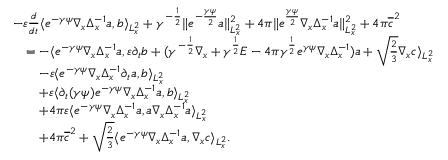
\begin{array} { r l } & { - \varepsilon \frac { d } { d t } \langle e ^ { - \gamma \psi } \nabla _ { x } \Delta _ { x } ^ { - 1 } a , b \rangle _ { L _ { x } ^ { 2 } } + \gamma ^ { - \frac { 1 } { 2 } } \| e ^ { - \frac { \gamma \psi } { 2 } } a \| _ { L _ { x } ^ { 2 } } ^ { 2 } + 4 \pi \| e ^ { \frac { \gamma \psi } { 2 } } \nabla _ { x } \Delta _ { x } ^ { - 1 } a \| _ { L _ { x } ^ { 2 } } ^ { 2 } + 4 \pi \overline { c } ^ { 2 } } \\ & { \quad = - \langle e ^ { - \gamma \psi } \nabla _ { x } \Delta _ { x } ^ { - 1 } a , \varepsilon \partial _ { t } b + ( \gamma ^ { - \frac { 1 } { 2 } } \nabla _ { x } + \gamma ^ { \frac { 1 } { 2 } } E - 4 \pi \gamma ^ { \frac { 1 } { 2 } } e ^ { \gamma \psi } \nabla _ { x } \Delta _ { x } ^ { - 1 } ) a + \sqrt { \frac { 2 } { 3 } } \nabla _ { x } c \rangle _ { L _ { x } ^ { 2 } } } \\ & { \quad \quad - \varepsilon \langle e ^ { - \gamma \psi } \nabla _ { x } \Delta _ { x } ^ { - 1 } \partial _ { t } a , b \rangle _ { L _ { x } ^ { 2 } } } \\ & { \quad \quad + \varepsilon \langle \partial _ { t } ( \gamma \psi ) e ^ { - \gamma \psi } \nabla _ { x } \Delta _ { x } ^ { - 1 } a , b \rangle _ { L _ { x } ^ { 2 } } } \\ & { \quad \quad + 4 \pi \varepsilon \langle e ^ { - \gamma \psi } \nabla _ { x } \Delta _ { x } ^ { - 1 } a , a \nabla _ { x } \Delta _ { x } ^ { - 1 } a \rangle _ { L _ { x } ^ { 2 } } } \\ & { \quad \quad + 4 \pi \overline { c } ^ { 2 } + \sqrt { \frac { 2 } { 3 } } \langle e ^ { - \gamma \psi } \nabla _ { x } \Delta _ { x } ^ { - 1 } a , \nabla _ { x } c \rangle _ { L _ { x } ^ { 2 } } . } \end{array}